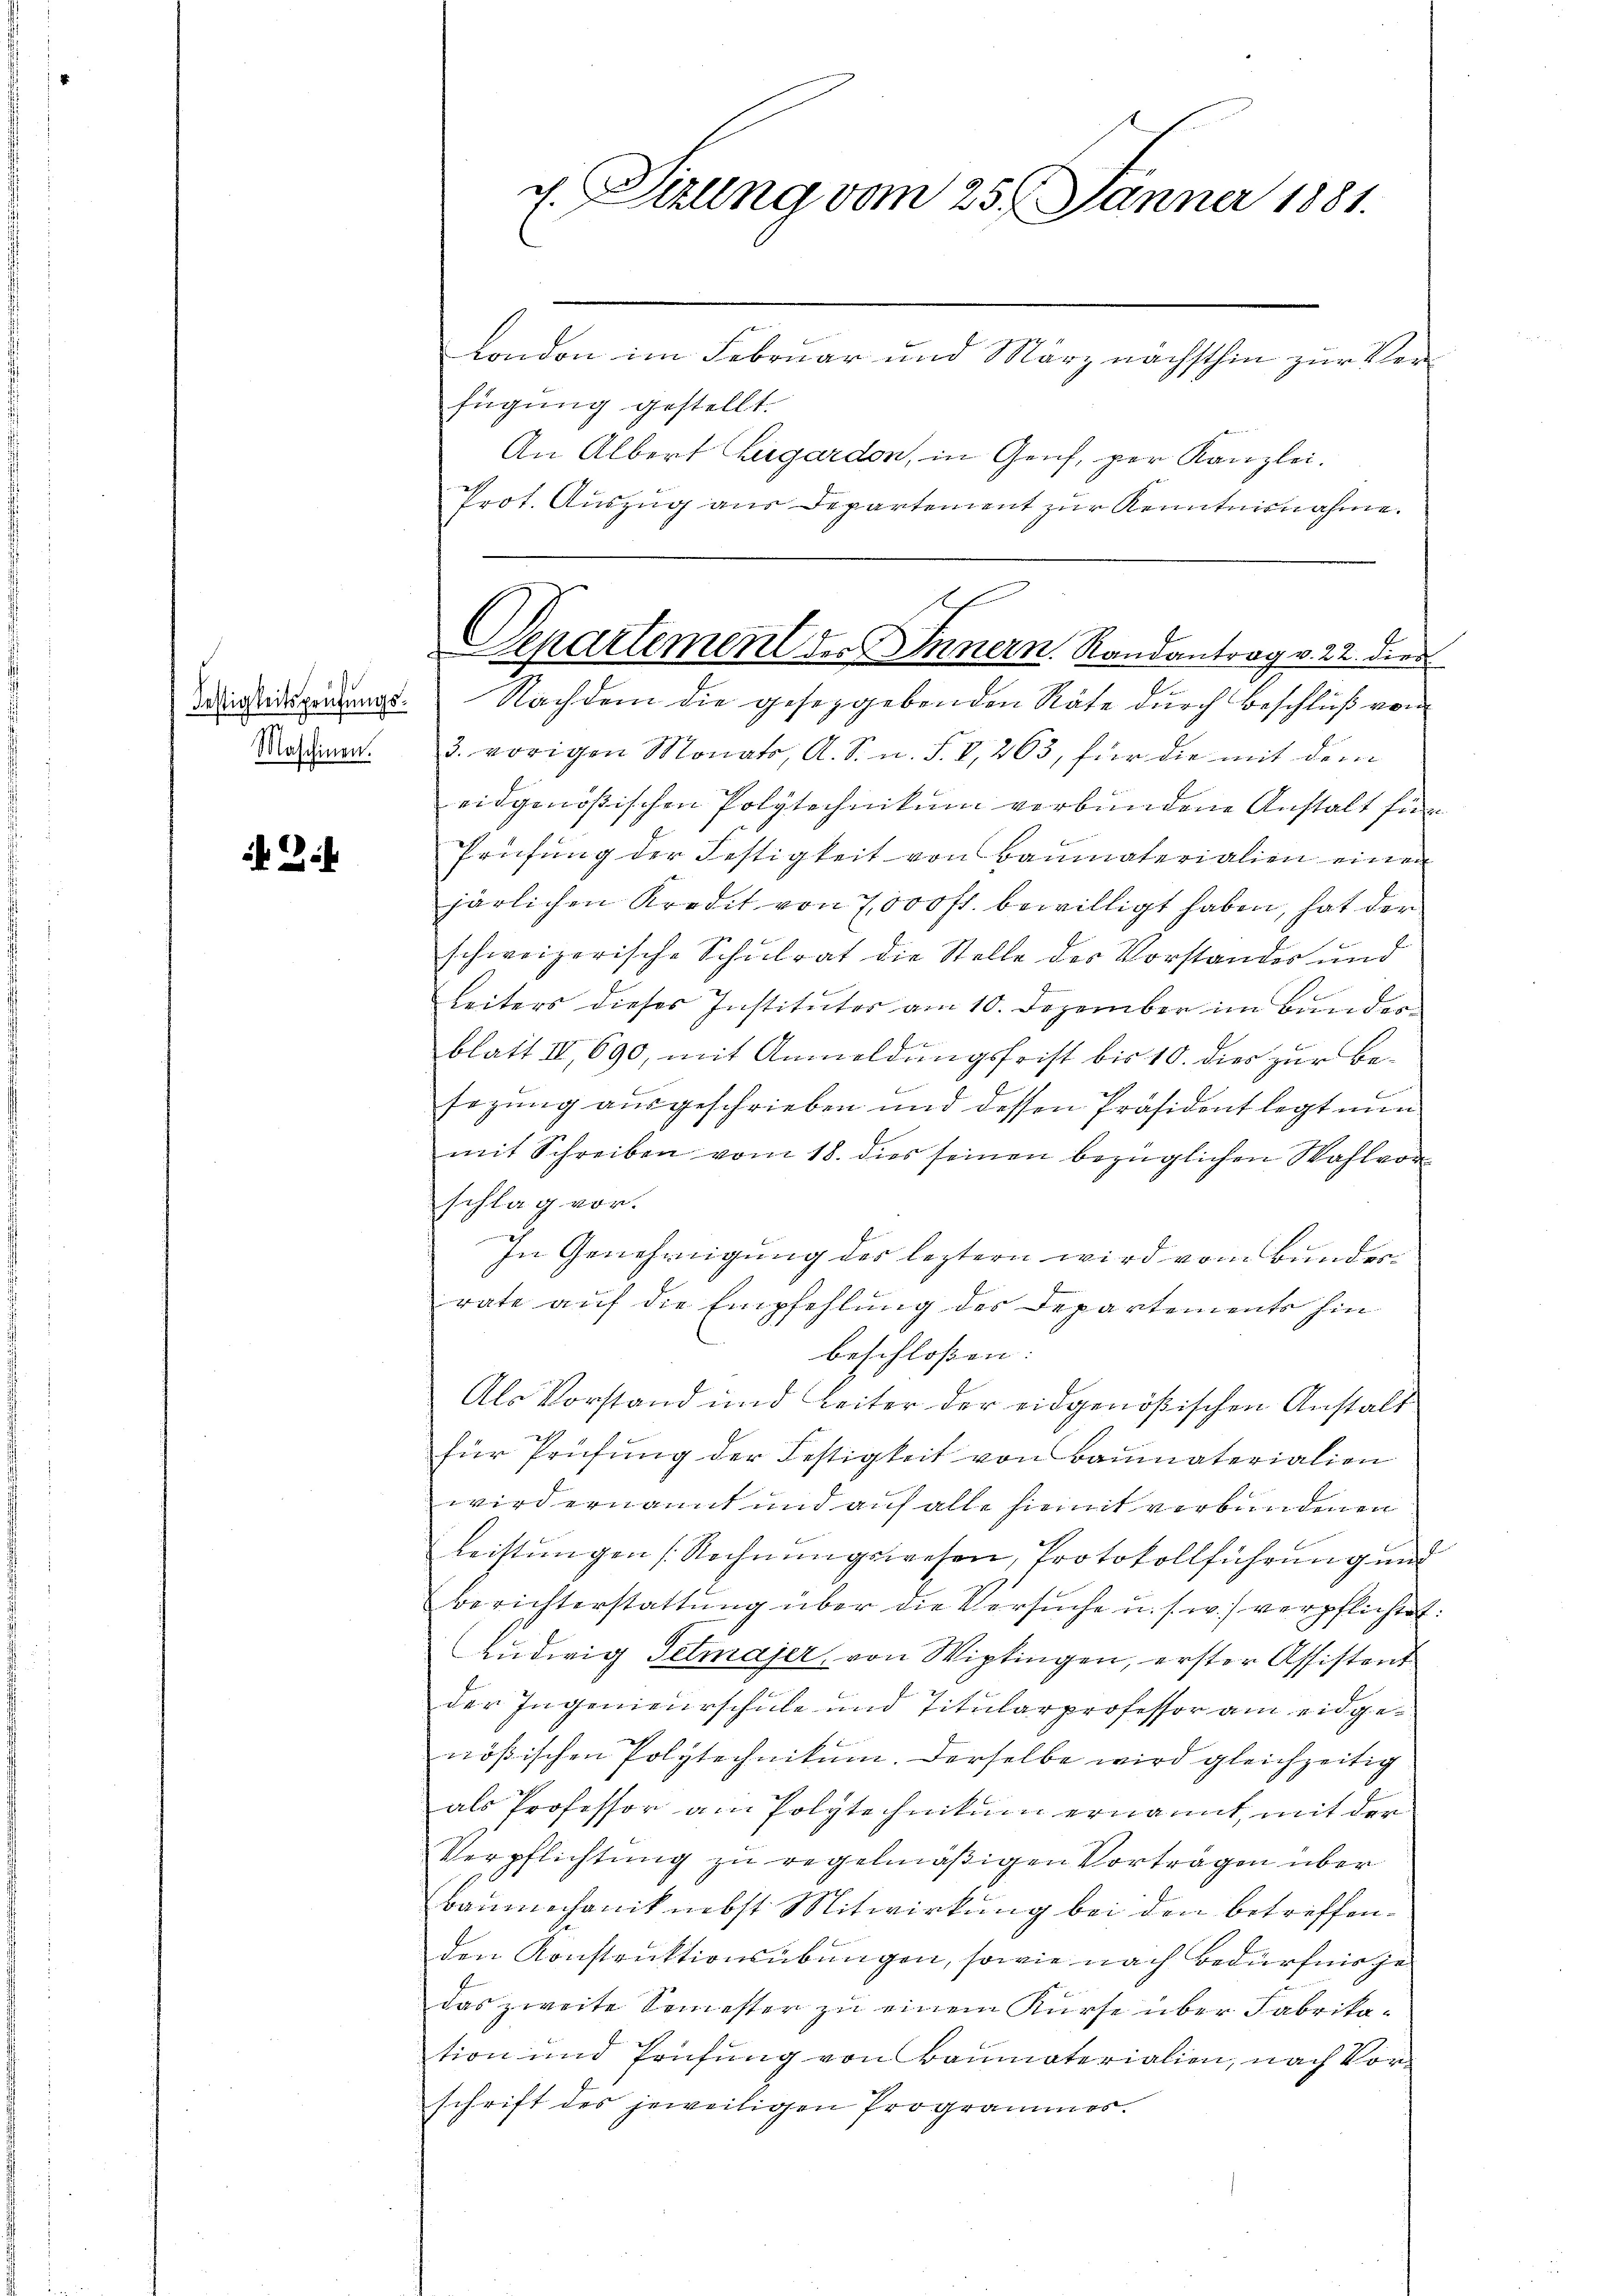
Maschinen.

Li

g. Sizung vom 25. Jänner 1881.
London im Februar und März nächsthin zur Ver¬

fügung gestellt.
An Albert Hegardon, in Genf, per Kanzlei.
Prot. Auszug aus Departement zur Kenntnisnahme.

iedigerung. Nachdem die gesetzgebenden Räte durch Beschluß von
3. vorigen Monats, A. S. n. F. V, 263, für die mit dem
eidgenößischen Polytechnikum verbundene Anstalt für
Prüfung der Festigkeit von Baumaterialien einen
järlichen Kredit von 7000 fl. bewilligt haben, hat der
schweizerische Schulrat die Stelle der Vorstandes und
Leiters dieses Instituter am 10. Dezember im Bunder
blatt III 690, mit Anmeldungsfrist bis 10. dies zur Besezung ausgeschrieben und dessen Präsident legt nun
mit Schreiben vom 18. dies seinen bezüglichen Wahlvor
schlag vor.
In Genehmigung der letztern wird vom Bundesrate auf die Empfehlung des Departements hin
beschloßen:
Als Vorstand und Leiter der eidgenößischen Anstalt
für Prüfung der Festigkeit von Baumaterialien
wird ernannt und auf alle hiemit verbundenen
Leistŭngen (Rechnŭngswesen, Protokollführung und
Berichterstattung über die Versuche u. s. w.) verpflichtet:
Ludwig Setmajer, von Wipkingen, erster Assistent
der Ingenieurschule und Titularprofessor am eidgenößischen Polytechnikum. Derselbe wird gleichzeitig
als Professor am Polytechnikum ernannt, mit der
Verpflichtung zu regelmäßigen Vorträgen über
Bäumechanik nebst Mitwirkung bei den betreffenden Konstruktionsübungen, sowie nach Bedürfnis ge
das zweite Semester zu einem Kurse über Fabrika-
tion und Prüfung von Baumaterialien, nach Vorschrift des jeweiligen Programmes.

A
E
Separtement der Innern. Randantrag v. 22. dies